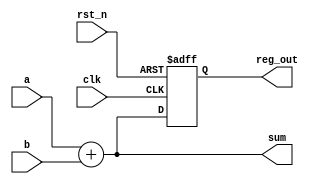
module example_logic (
    input wire clk,          // Clock input
    input wire rst_n,       // Active-low reset
    input wire [3:0] a,     // 4-bit input signal
    input wire [3:0] b,     // 4-bit input signal
    output reg [3:0] sum,    // 4-bit output for sum
    output reg [3:0] reg_out // 4-bit output for register
);

// Combinational Logic: Sum of two inputs
always @* begin
    sum = a + b; // Continuous assignment for combinational logic
end

// Sequential Logic: Register output on rising edge of clock
always @(posedge clk or negedge rst_n) begin
    if (!rst_n) begin
        reg_out <= 4'b0000; // Reset register output to 0
    end else begin
        reg_out <= sum; // Store the sum in the register on clock edge
    end
end

endmodule